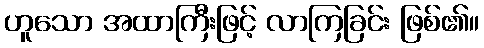
ဟူသော အထာကြီးဖြင့် လာကြခြင်း ဖြစ်၏။